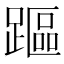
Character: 𨄅